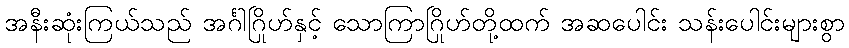
အနီးဆုံးကြယ်သည် အင်္ဂါဂြိုဟ်နှင့် သောကြာဂြိုဟ်တို့ထက် အဆပေါင်း သန်းပေါင်းများစွာ